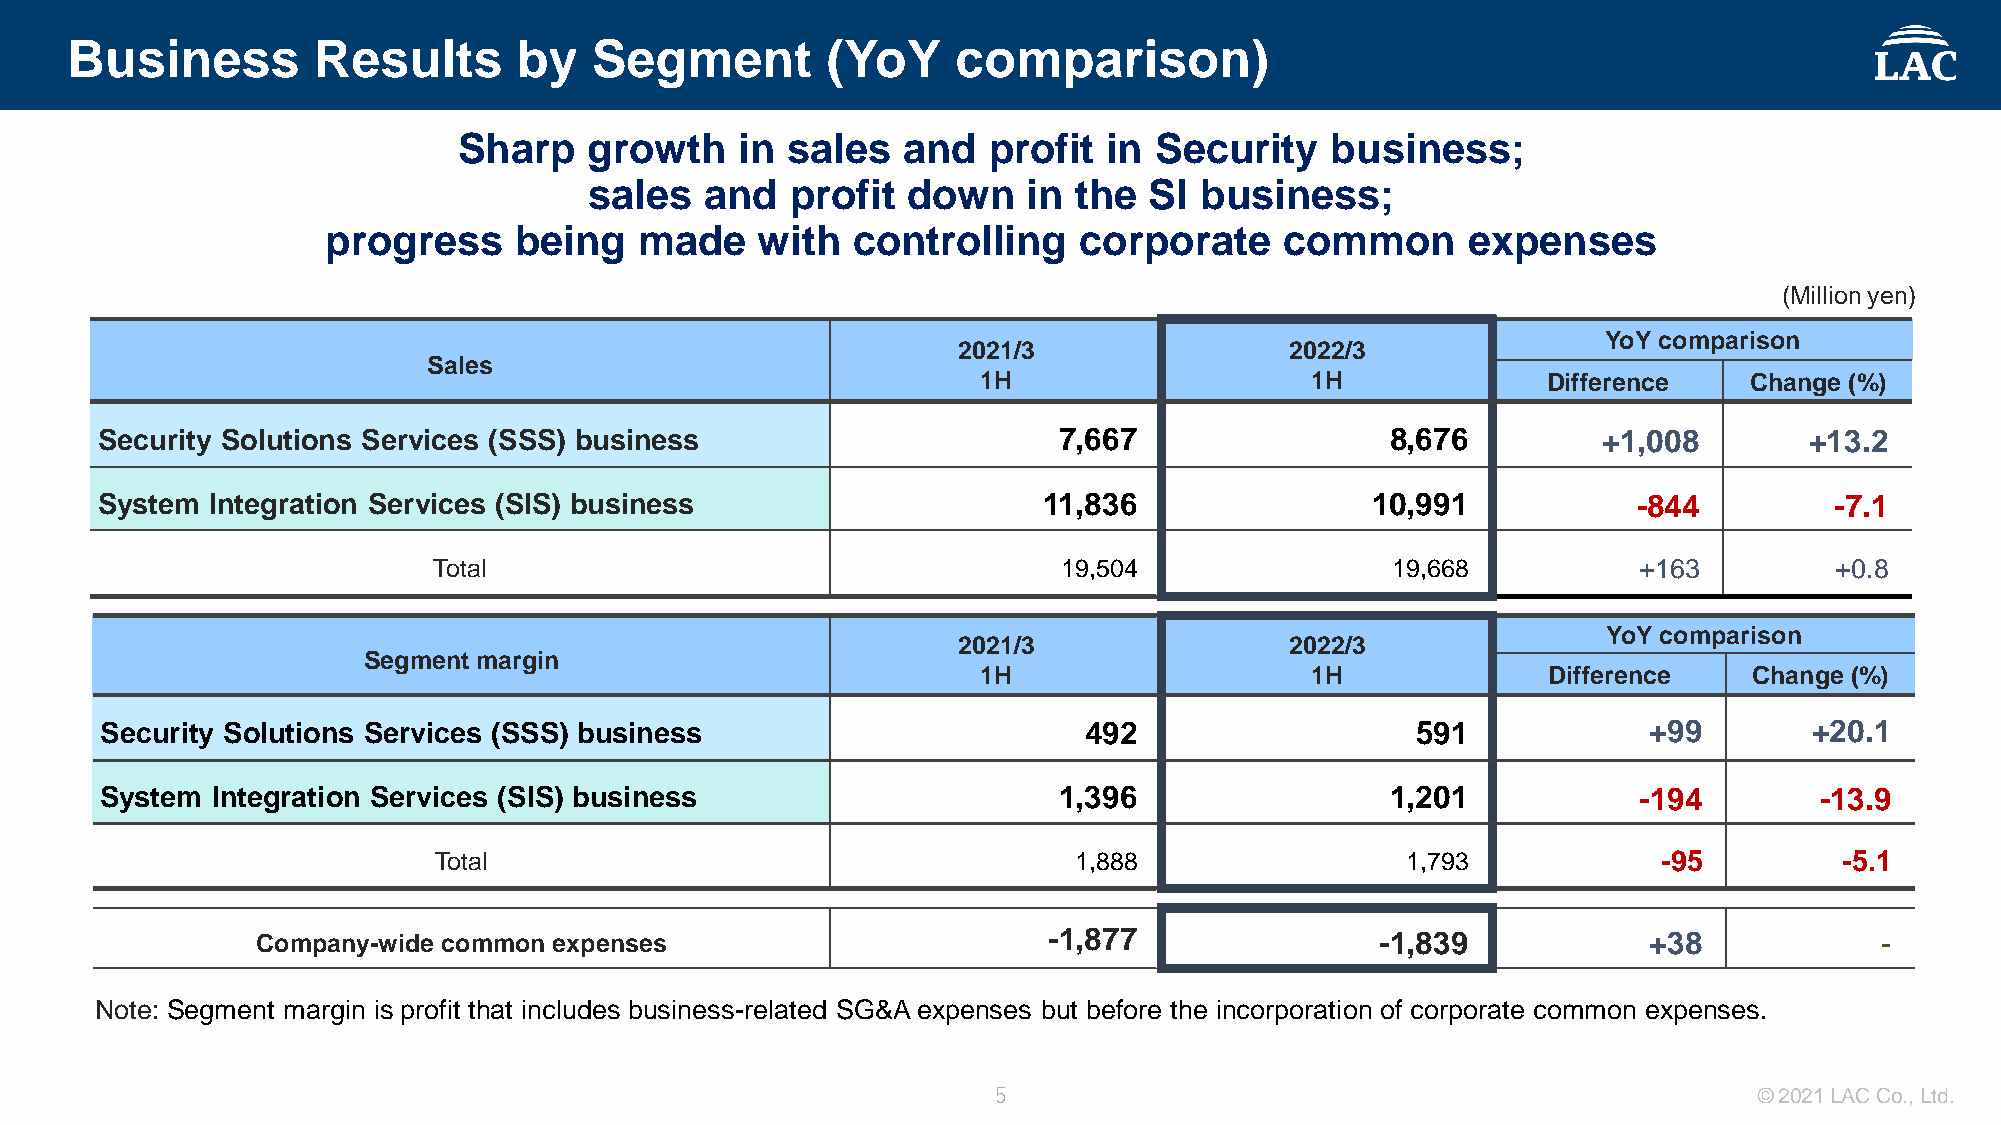
Business         Results      by   Segment         (YoY    comparison)
 Sharp    growth    in sales   and  profit  in Security    business;
 sales   and  profit  down    in the  SI business;
 progress    being   made    with  controlling    corporate     common      expenses
 (Million yen)
 YoY comparison
 2021/3                2022/3
 Sales
 1H                    1H             Difference    Change (%)
 Security Solutions Services (SSS) business                      7,667                 8,676         +1,008        +13.2
 System  Integration Services (SIS) business                    11,836                10,991           -844         -7.1
 Total                                    19,504                19,668          +163         +0.8
 YoY comparison
 2021/3                2022/3
 Segment margin
 1H                    1H             Difference    Change (%)
 Security Solutions Services (SSS) business                       492                   591            +99        +20.1
 System Integration Services (SIS) business                     1,396                 1,201           -194        -13.9
 Total                                     1,888                 1,793            -95         -5.1
 Company-wide common expenses                        -1,877                -1,839            +38             -
 Note: Segment margin is profit that includes business-related SG&A expenses but before the incorporation of corporate common expenses.
 5                                                 © 2021 LAC Co., Ltd.